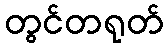
တွင်တရုတ်